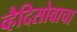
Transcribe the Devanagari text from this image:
व्हैदिसोवाचा